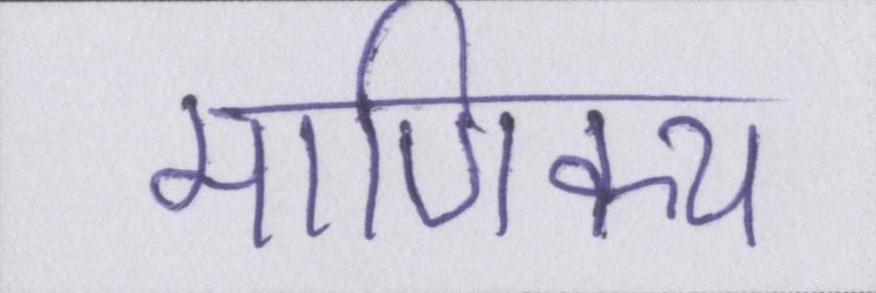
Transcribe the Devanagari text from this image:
माणिक्य